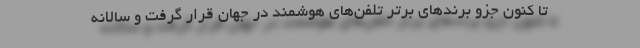
تا کنون جزو برندهای برتر تلفن‌های هوشمند در جهان قرار گرفت و سالانه